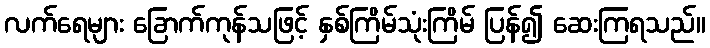
လက်ရေများ ခြောက်ကုန်သဖြင့် နှစ်ကြိမ်သုံးကြိမ် ပြန်၍ ဆေးကြရသည်။